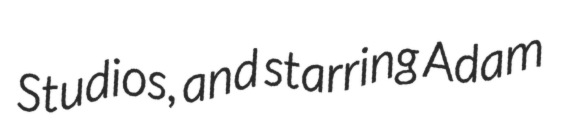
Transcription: Studios, and starring Adam